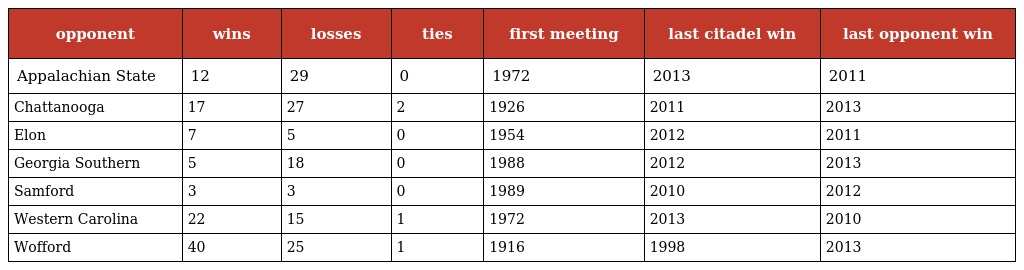
| opponent | wins | losses | ties | first meeting | last citadel win | last opponent win |
 | --- | --- | --- | --- | --- | --- | --- |
 | Appalachian State | 12 | 29 | 0 | 1972 | 2013 | 2011 |
 | Chattanooga | 17 | 27 | 2 | 1926 | 2011 | 2013 |
 | Elon | 7 | 5 | 0 | 1954 | 2012 | 2011 |
 | Georgia Southern | 5 | 18 | 0 | 1988 | 2012 | 2013 |
 | Samford | 3 | 3 | 0 | 1989 | 2010 | 2012 |
 | Western Carolina | 22 | 15 | 1 | 1972 | 2013 | 2010 |
 | Wofford | 40 | 25 | 1 | 1916 | 1998 | 2013 |